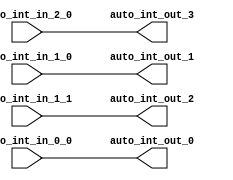
// Copyright (c) 2019, Microchip Corporation
// All rights reserved.
//
// Redistribution and use in source and binary forms, with or without
// modification, are permitted provided that the following conditions are met:
//     * Redistributions of source code must retain the above copyright
//       notice, this list of conditions and the following disclaimer.
//     * Redistributions in binary form must reproduce the above copyright
//       notice, this list of conditions and the following disclaimer in the
//       documentation and/or other materials provided with the distribution.
//     * Neither the name of the <organization> nor the
//       names of its contributors may be used to endorse or promote products
//       derived from this software without specific prior written permission.
//
// THIS SOFTWARE IS PROVIDED BY THE COPYRIGHT HOLDERS AND CONTRIBUTORS "AS IS" AND
// ANY EXPRESS OR IMPLIED WARRANTIES, INCLUDING, BUT NOT LIMITED TO, THE IMPLIED
// WARRANTIES OF MERCHANTABILITY AND FITNESS FOR A PARTICULAR PURPOSE ARE
// DISCLAIMED. IN NO EVENT SHALL MICROSEMI CORPORATIONM BE LIABLE FOR ANY
// DIRECT, INDIRECT, INCIDENTAL, SPECIAL, EXEMPLARY, OR CONSEQUENTIAL DAMAGES
// (INCLUDING, BUT NOT LIMITED TO, PROCUREMENT OF SUBSTITUTE GOODS OR SERVICES;
// LOSS OF USE, DATA, OR PROFITS; OR BUSINESS INTERRUPTION) HOWEVER CAUSED AND
// ON ANY THEORY OF LIABILITY, WHETHER IN CONTRACT, STRICT LIABILITY, OR TORT
// (INCLUDING NEGLIGENCE OR OTHERWISE) ARISING IN ANY WAY OUT OF THE USE OF THIS
// SOFTWARE, EVEN IF ADVISED OF THE POSSIBILITY OF SUCH DAMAGE.
//
// APACHE LICENSE
// Copyright (c) 2019, Microchip Corporation 
//
// Licensed under the Apache License, Version 2.0 (the "License");
// you may not use this file except in compliance with the License.
// You may obtain a copy of the License at
//
//    http://www.apache.org/licenses/LICENSE-2.0
//
// Unless required by applicable law or agreed to in writing, software
// distributed under the License is distributed on an "AS IS" BASIS,
// WITHOUT WARRANTIES OR CONDITIONS OF ANY KIND, either express or implied.
// See the License for the specific language governing permissions and
// limitations under the License.
//
// Description:
//
// SVN Revision Information:
// SVN $Revision: $
// SVN $Date: $
//
// Resolved SARs
// SAR      Date     Who   Description
//
// Notes:
//
// ****************************************************************************/
`ifndef RANDOMIZE_REG_INIT 
	 `define RANDOMIZE_REG_INIT 
 `endif
`ifndef RANDOMIZE_MEM_INIT 
	 `define RANDOMIZE_MEM_INIT 
 `endif
`ifndef RANDOMIZE 
	 `define RANDOMIZE 
`endif

`timescale 1ns/10ps
module MIV_RV32IMAF_L1_AHB_C0_MIV_RV32IMAF_L1_AHB_C0_0_MIV_RV32IMAF_L1_AHB_INT_XBAR_INT_XBAR( // @[:freechips.rocketchip.system.MivRV32ImafL1AhbConfig.fir@99743.2]
  input   auto_int_in_2_0, // @[:freechips.rocketchip.system.MivRV32ImafL1AhbConfig.fir@99746.4]
  input   auto_int_in_1_0, // @[:freechips.rocketchip.system.MivRV32ImafL1AhbConfig.fir@99746.4]
  input   auto_int_in_1_1, // @[:freechips.rocketchip.system.MivRV32ImafL1AhbConfig.fir@99746.4]
  input   auto_int_in_0_0, // @[:freechips.rocketchip.system.MivRV32ImafL1AhbConfig.fir@99746.4]
  output  auto_int_out_0, // @[:freechips.rocketchip.system.MivRV32ImafL1AhbConfig.fir@99746.4]
  output  auto_int_out_1, // @[:freechips.rocketchip.system.MivRV32ImafL1AhbConfig.fir@99746.4]
  output  auto_int_out_2, // @[:freechips.rocketchip.system.MivRV32ImafL1AhbConfig.fir@99746.4]
  output  auto_int_out_3 // @[:freechips.rocketchip.system.MivRV32ImafL1AhbConfig.fir@99746.4]
);
  assign auto_int_out_0 = auto_int_in_0_0;
  assign auto_int_out_1 = auto_int_in_1_0;
  assign auto_int_out_2 = auto_int_in_1_1;
  assign auto_int_out_3 = auto_int_in_2_0;
endmodule